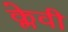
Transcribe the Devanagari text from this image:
क्लेवी